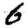
Digit: 6